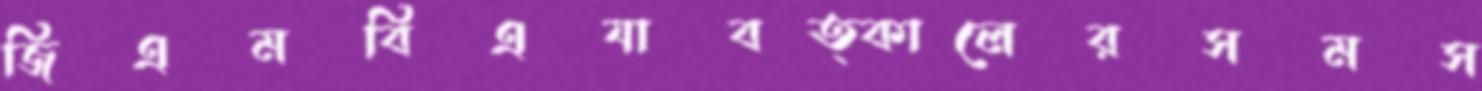
জিএমবিএযাবত্কালেরসমস